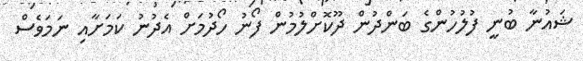
ޝައުނާ ބުނީ ފުލުހުންގެ ބަންދުން ދޫކޮށްލުމުން ފޯނު ހޯދުމަށް އެދުނު ކަމަށާއި ނަމަވެސް